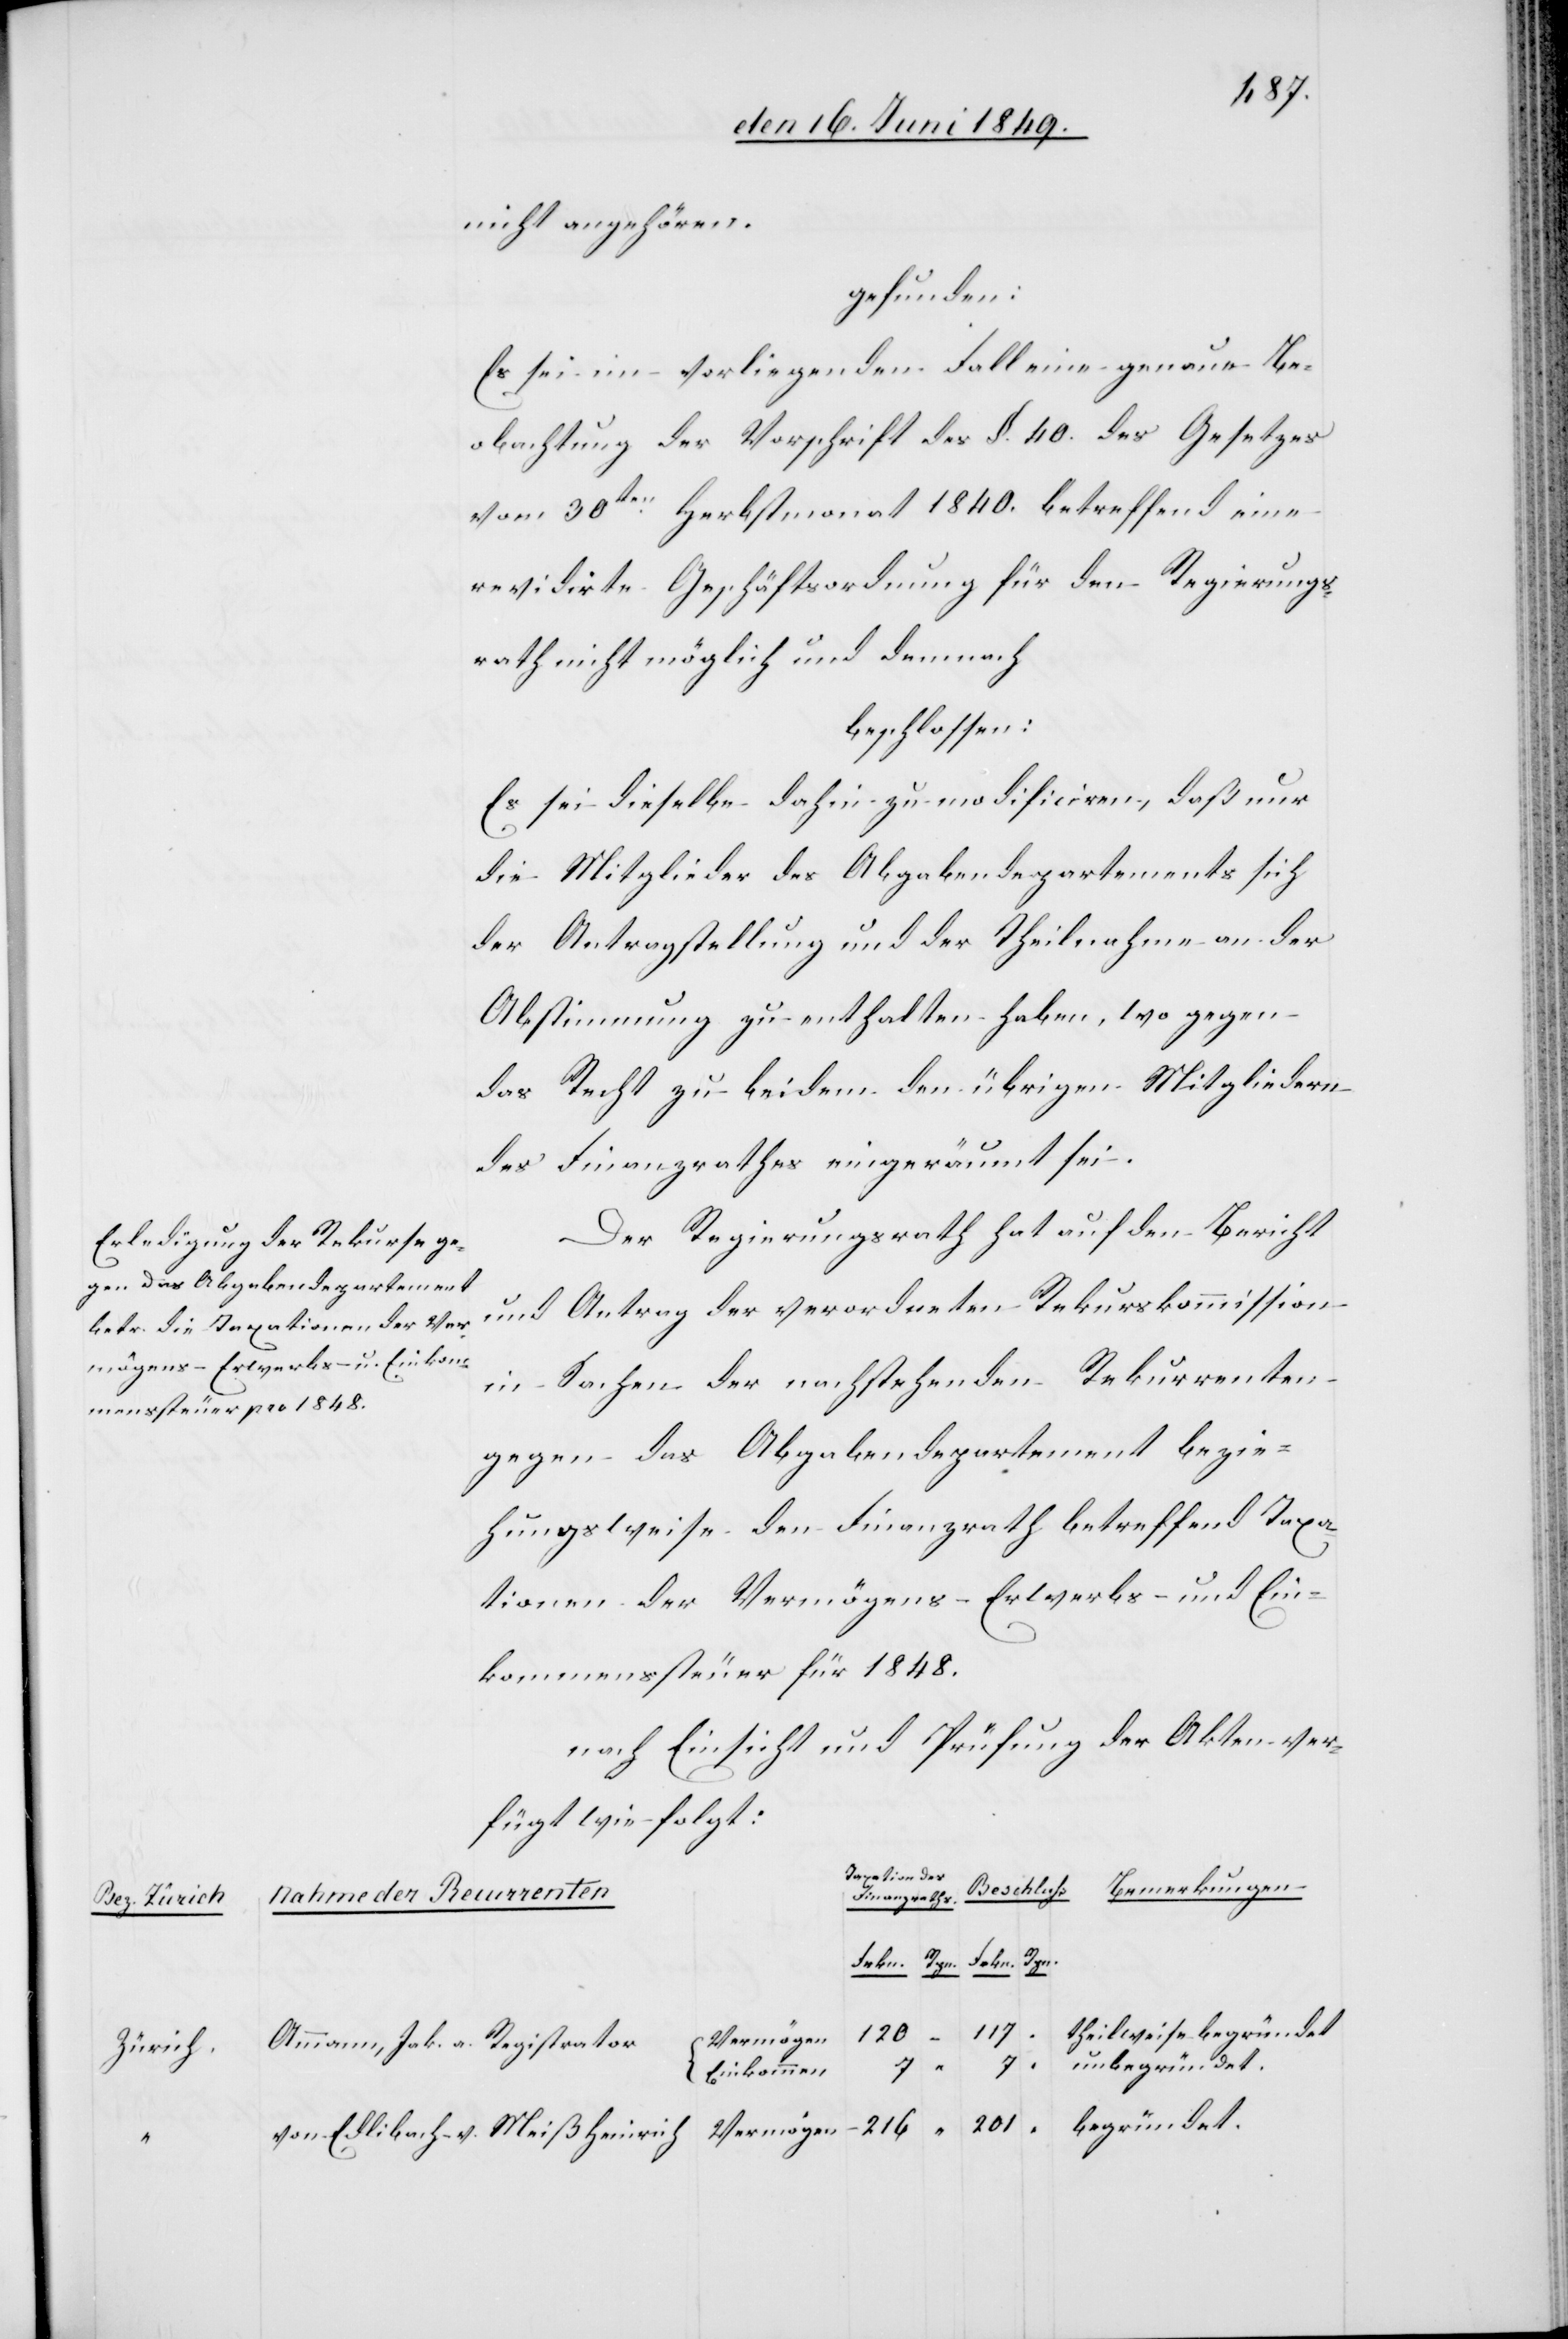
nicht angehören.
gefunden:
Es sei im vorliegenden Fall eine genaue Be¬
obachtung der Vorschrift des §. 40. des Gesetzes
vom 30ten Herbstmonat 1840. betreffend eine
revidirten Geschäftsordnung für den Regierungs¬
rath nicht möglich und demnach
beschlossen:
Es sei dieselbe dahin zu modificiren, daß nur
die Mitglieder des Abgabendepartements sich
der Antragstellung und der Theilnahme an der
Abstimmung zu enthalten haben, wo gegen
das Recht zu beiden den übrigen Mitgliedern
des Finanzrathes eingeräumt sei.
Der Regierungsrath hat auf den Bericht
und Antrag der verordneten Rekurskommission
in Sachen der nachstehenden Rekurrenten
gegen das Abgabendepartement bezie¬
hungsweise den Finanzrath betreffend Taxa¬
tionen der Vermögens-[,] Erwerbs- und Ein¬
kommenssteuer für 1848.
nach Einsicht und Prüfung der Akten ver¬
fügt wie folgt:
Taxation des
Finanzraths.
Nahme
Frkn.
Rpn.
117
theilweise begründet
201
Vermögen
Ammann, Jak. a. Registrator
Zürich
begründet.
v.
Einkommen